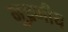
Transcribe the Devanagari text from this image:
मुद्रणीय